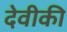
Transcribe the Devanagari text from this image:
देवीकी